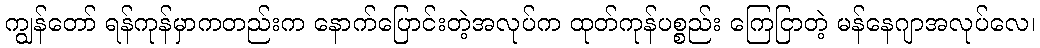
ကျွန်တော် ရန်ကုန်မှာကတည်းက နောက်ပြောင်းတဲ့အလုပ်က ထုတ်ကုန်ပစ္စည်း ကြေငြာတဲ့ မန်နေဂျာအလုပ်လေ၊